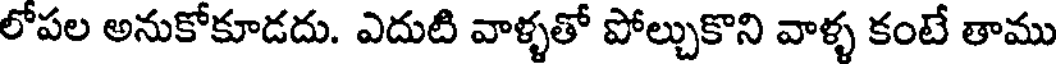
లోపల అనుకోకూడదు. ఎదుటి వాళ్ళతో పోల్చుకొని వాళ్ళ కంటే తాము